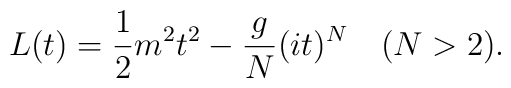
L(t)={1\over 2}m^2t^2-{g\over N}(it)^N\quad(N>2).